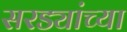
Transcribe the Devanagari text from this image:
सरड्यांच्या